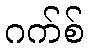
ဂက်စ်